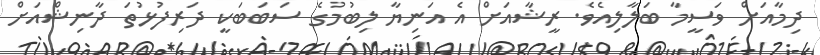
ދިމާއަށް ވަސީމާ ބަލާލިއެވެ. ރީޝާއަށް އެ އަނިޔާ ލިބުމުގެ ސަބަބަަކީ ދަރިފުޅުތަ ދާނިޝްއަށް